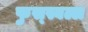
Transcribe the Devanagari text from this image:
फुस्स्बल्ल